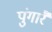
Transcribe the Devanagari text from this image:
पुंगारै